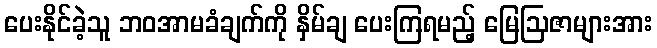
ပေးနိုင်ခဲ့သူ ဘဝအာမခံချက်ကို နှိမ်ချ ပေးကြရမည့် မြေဩဇာများအား